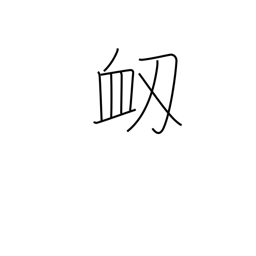
Meaning: nosebleed